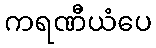
ကရဏီယံပေ